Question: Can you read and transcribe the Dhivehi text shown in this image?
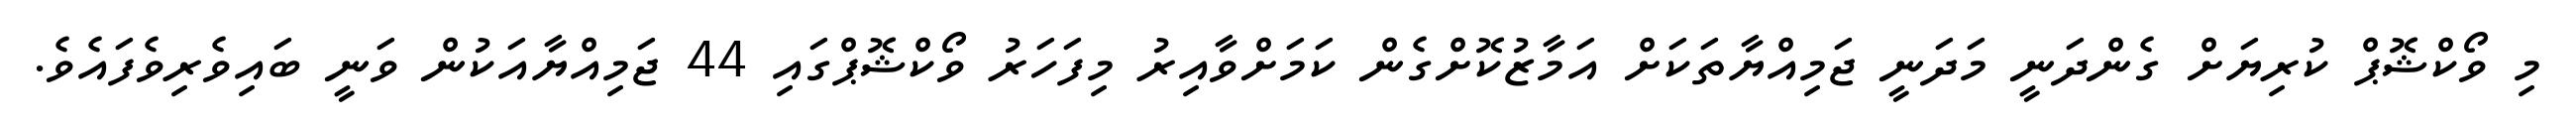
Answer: މި ވޯކްޝޮޕް ކުރިޔަށް ގެންދަނީ މަދަނީ ޖަމިއްޔާތަކަށް އަމާޒުކޮށްގެން ކަމަށްވާއިރު މިފަހަރު ވޯކްޝޮޕްގައި 44 ޖަމިއްޔާއަކުން ވަނީ ބައިވެރިވެފައެވެ.